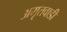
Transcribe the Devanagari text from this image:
अमृतवाडी